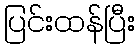
ပြင်းထန်ပြီး